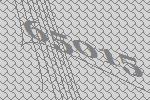
65015